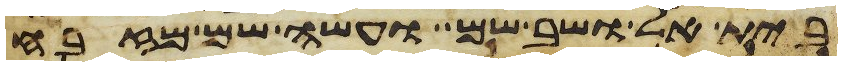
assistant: בית אל ושב שם ועשה שם מזבח